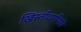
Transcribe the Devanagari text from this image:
ख्रिस्तीधर्मीयांचे